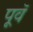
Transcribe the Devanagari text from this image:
पूवॅ